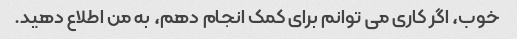
خوب، اگر کاری می توانم برای کمک انجام دهم، به من اطلاع دهید.